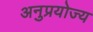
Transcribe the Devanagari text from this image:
अनुप्रयोज्य